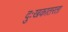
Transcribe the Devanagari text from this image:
दुःखकातरता